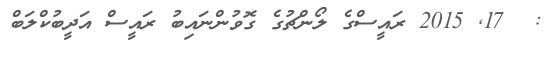
:  17